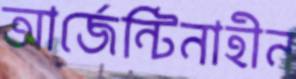
আর্জেন্টিনাহীন